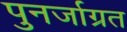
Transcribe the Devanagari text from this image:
पुनर्जाग्रत